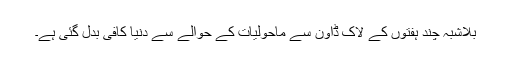
بلاشبہ چند ہفتوں کے لاک ڈاؤن سے ماحولیات کے حوالے سے دنیا کافی بدل گئی ہے۔